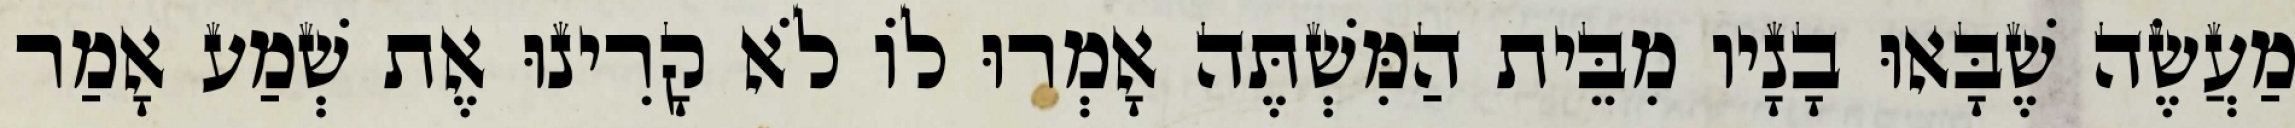
מַעֲשֶׂה שֶׁבָּאוּ בָנָיו מִבֵּית הַמִּשְׁתֶּה אָמְרוּ לוֹ לֹא קָרִינוּ אֶת שְׁמַע אָמַר